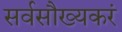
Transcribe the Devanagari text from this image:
सर्वसौख्यकरं